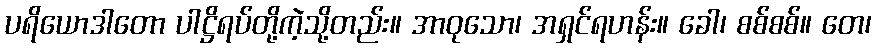
ပရိယောဒါတော ပါဋ္ဌိရပ်တို့ကဲ့သို့တည်း။ အာဝုသော၊ အရှင်ရဟန်း။ ခေါ၊ စစ်စစ်။ တေ၊